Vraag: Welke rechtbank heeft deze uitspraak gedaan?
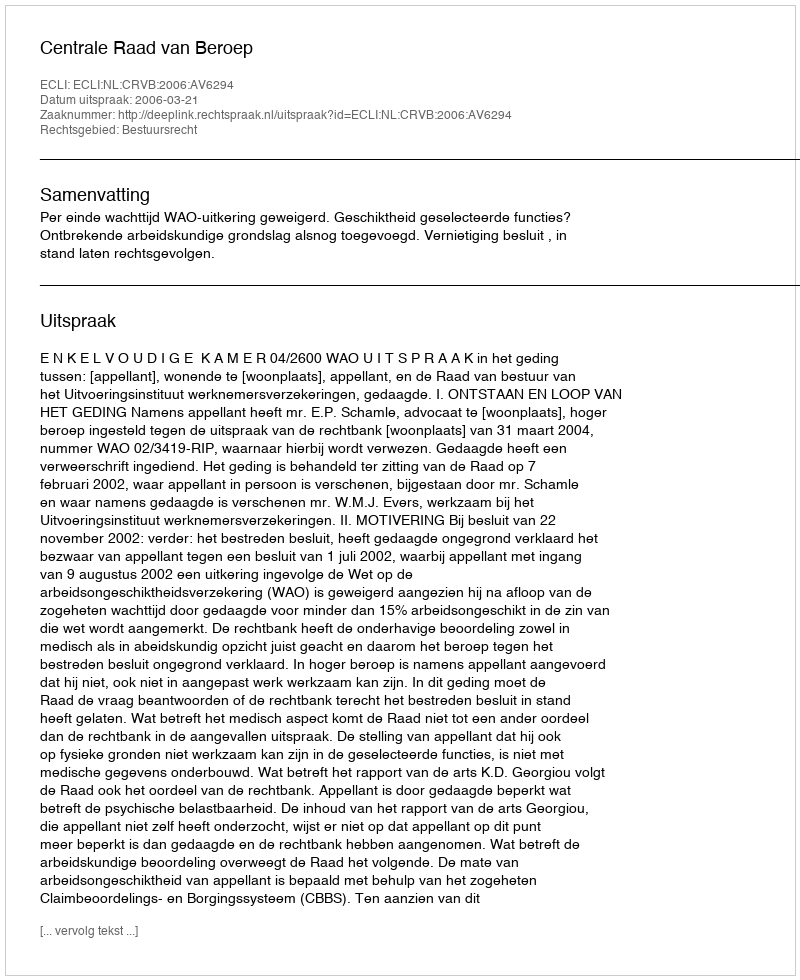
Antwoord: Centrale Raad van Beroep